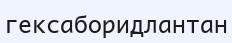
гексаборидлантан